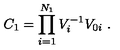
C _ { 1 } = \prod _ { i = 1 } ^ { N _ { 1 } } V _ { i } ^ { - 1 } V _ { 0 i } \ .